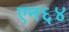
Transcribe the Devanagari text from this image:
एन६४